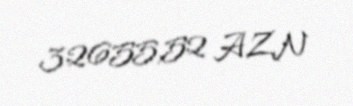
32655,52 AZN